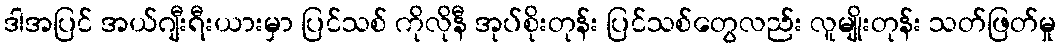
ဒါအပြင် အယ်ဂျီးရီးယားမှာ ပြင်သစ် ကိုလိုနီ အုပ်စိုးတုန်း ပြင်သစ်တွေလည်း လူမျိုးတုန်း သတ်ဖြတ်မှု